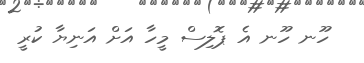
ހޫނ ހޫނ އެ ޕޮލިސް މީހާ އަށް އަނިޔާ ކުރީ